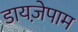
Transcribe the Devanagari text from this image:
डायजे़पाम